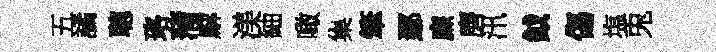
五譎聰珞蒲廨渼紬噉集筆鄢㢘磨汛鉞傷塩兎